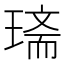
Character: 𤧿